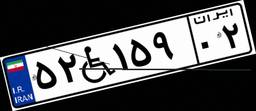
۵۲W۱۵۹۰۲